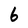
Character: 6